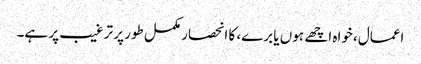
اعمال، خواہ اچھے ہوں یا برے، کا انحصار مکمل طور پر ترغیب پر ہے۔